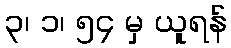
၃၊ ၁၊ ၅၄ မှ ယူရန်